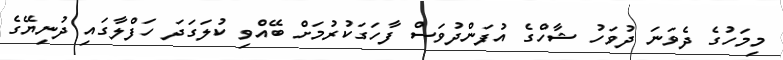
މިމަހުގެ ދެވަނަ ދުވަހު ޝާހްގެ އުފަންދުވަސް ފާހަގަކުރުމަށް ބޭއްވި ކުލަގަދަ ހަފްލާގައި ދުނިޔޭގެ